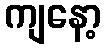
ကျနော့